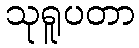
သုရူပတာ